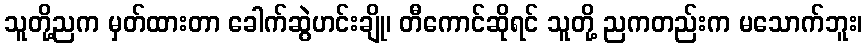
သူတို့ညက မှတ်ထားတာ ခေါက်ဆွဲဟင်းချို၊ တီကောင်ဆိုရင် သူတို့ ညကတည်းက မသောက်ဘူး၊